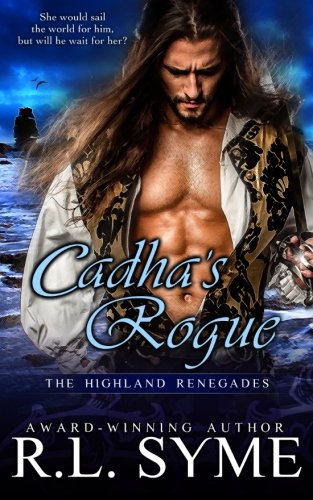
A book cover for Cadha's Rogue (The Highland Renegades) (Volume 5); R.L. Syme; Romance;